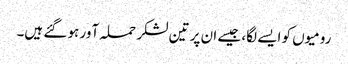
رومیوں کو ایسے لگا، جیسے ان پر تین لشکر حملہ آور ہو گئے ہیں۔